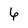
Character: 6